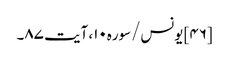
[۴۶] یونس/سوره۱۰، آیت ۸۷۔